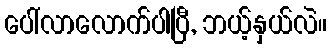
ပေါ်လာလောက်ပါပြီ, ဘယ့်နှယ်လဲ။